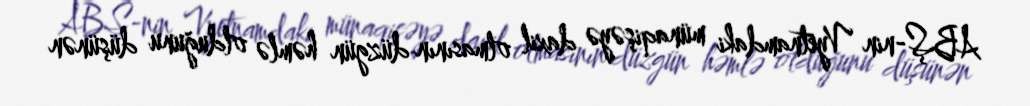
ABŞ-nin Vyetnamdaki münaqişəyə daxil olmasının düzgün həmlə olduğunu düşünən